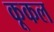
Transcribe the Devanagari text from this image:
कूकल